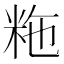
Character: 粚